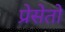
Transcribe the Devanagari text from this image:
प्रेसेतो